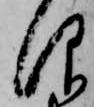
仰